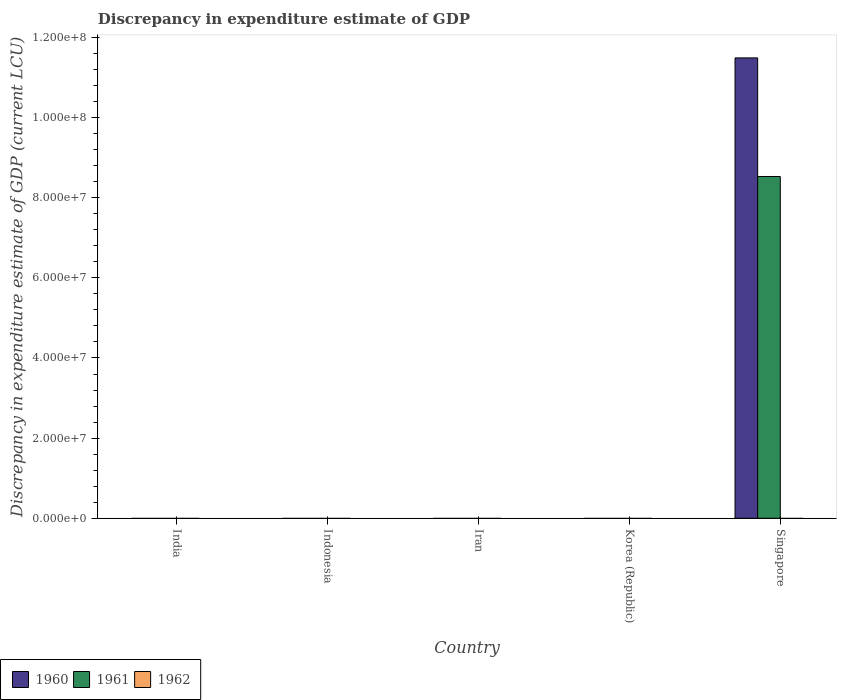
| Country | 1960 | 1961 | 1962 |
 | --- | --- | --- | --- |
 | India | -1.39e+10 | -1.51e+10 | -1.57e+10 |
 | Indonesia | -5.98e+06 | -5.13e+06 | -7.9e+06 |
 | Iran | -4.44e+10 | -4.48e+10 | -4.79e+10 |
 | Korea (Republic) | -4.22e+08 | -3.24e+08 | -4.47e+08 |
 | Singapore | 1.15e+08 | 8.53e+07 | -4.22e+07 |